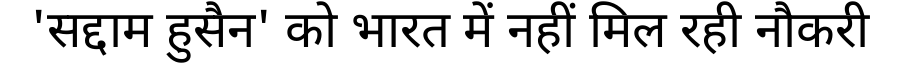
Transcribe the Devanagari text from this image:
'सद्दाम हुसैन' को भारत में नहीं मिल रही नौकरी